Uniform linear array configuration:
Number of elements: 4
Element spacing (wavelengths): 0.25
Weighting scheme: uniform
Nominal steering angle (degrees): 45
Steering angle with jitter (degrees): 44.634
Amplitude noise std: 0.05
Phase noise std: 0.05

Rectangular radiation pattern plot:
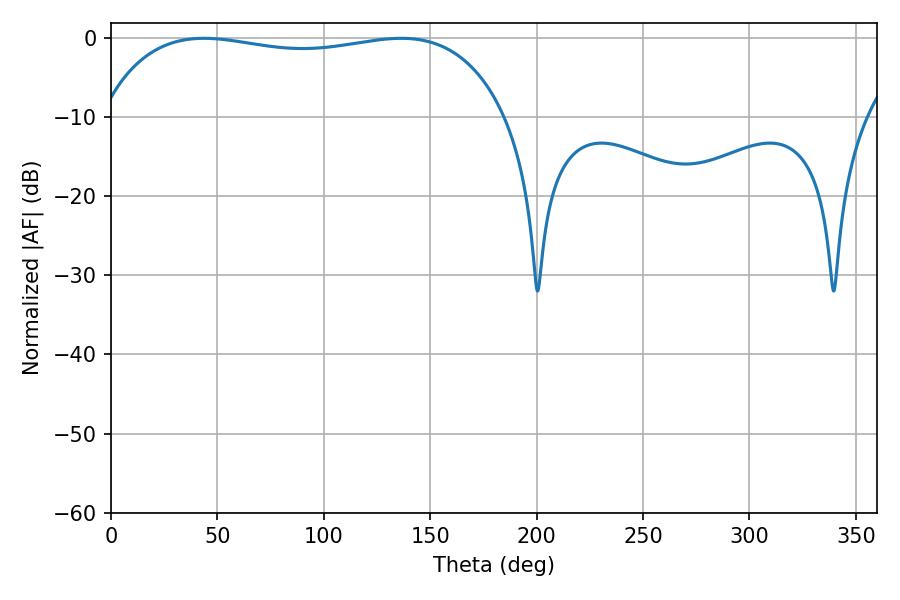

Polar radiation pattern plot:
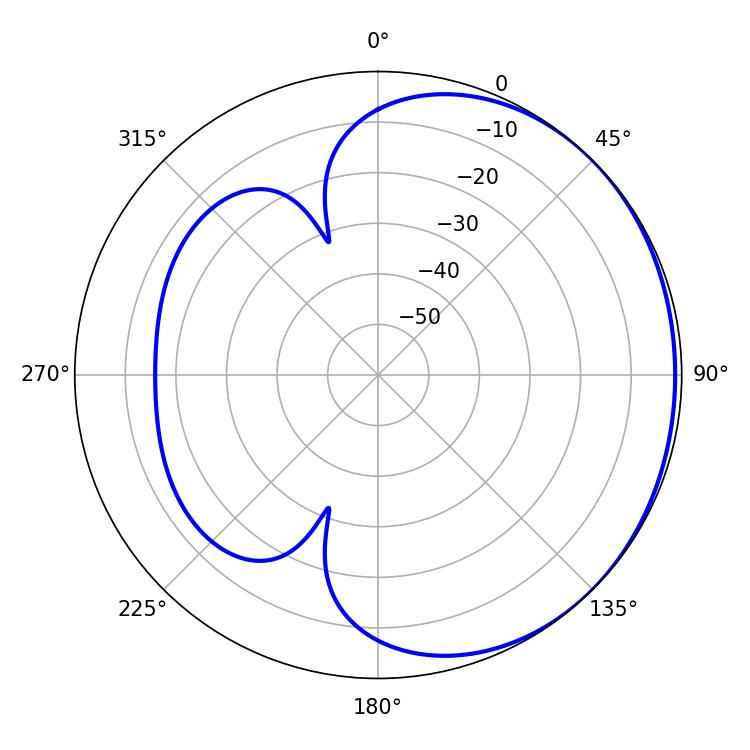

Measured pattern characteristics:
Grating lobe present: FALSE
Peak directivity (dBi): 0.9071
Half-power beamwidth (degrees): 153.72
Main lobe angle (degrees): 43.74